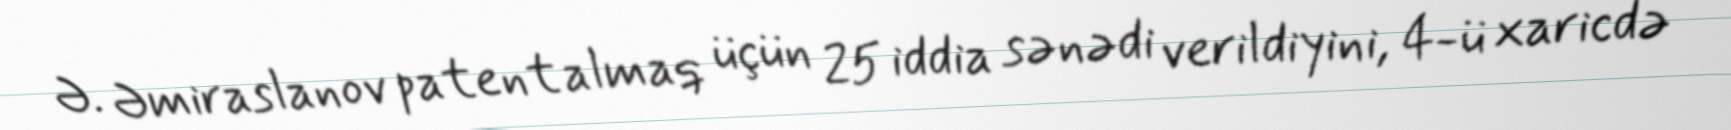
Ə. Əmiraslanov patent almaq üçün 25 iddia sənədi verildiyini, 4-ü xaricdə